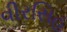
વીરસિહ